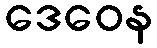
ဒေဝေန